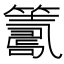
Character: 𥵽